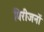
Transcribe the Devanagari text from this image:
गिरीजनों